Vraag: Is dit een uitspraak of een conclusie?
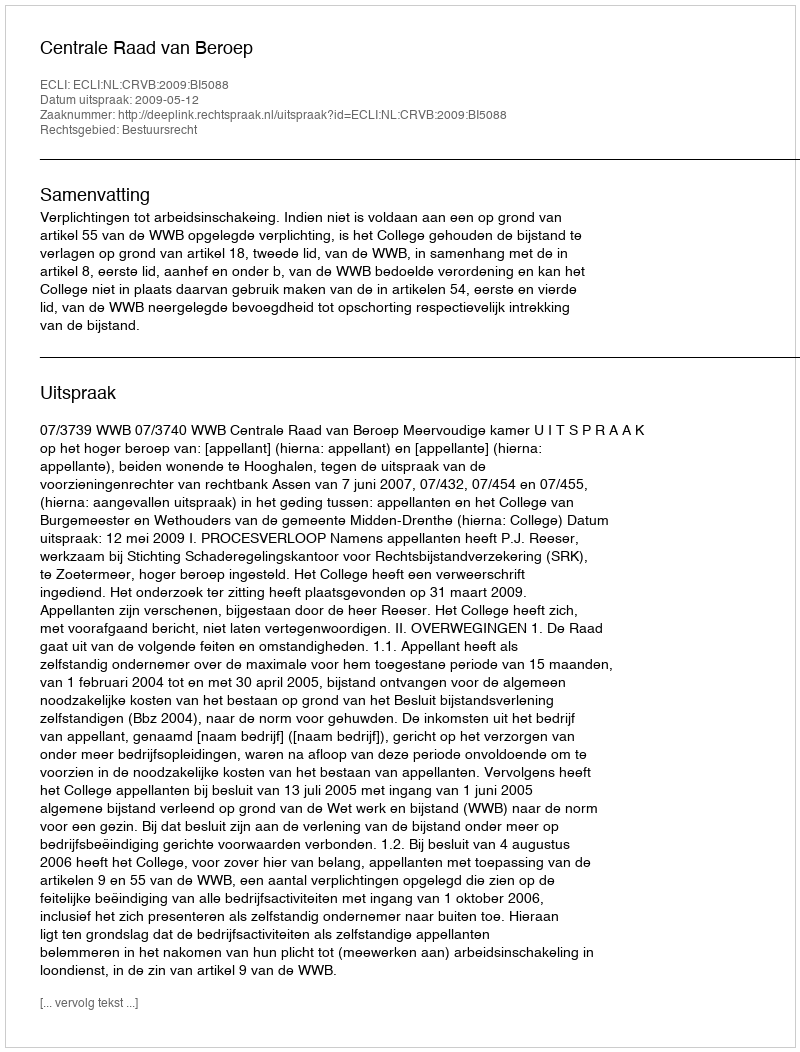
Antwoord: Uitspraak